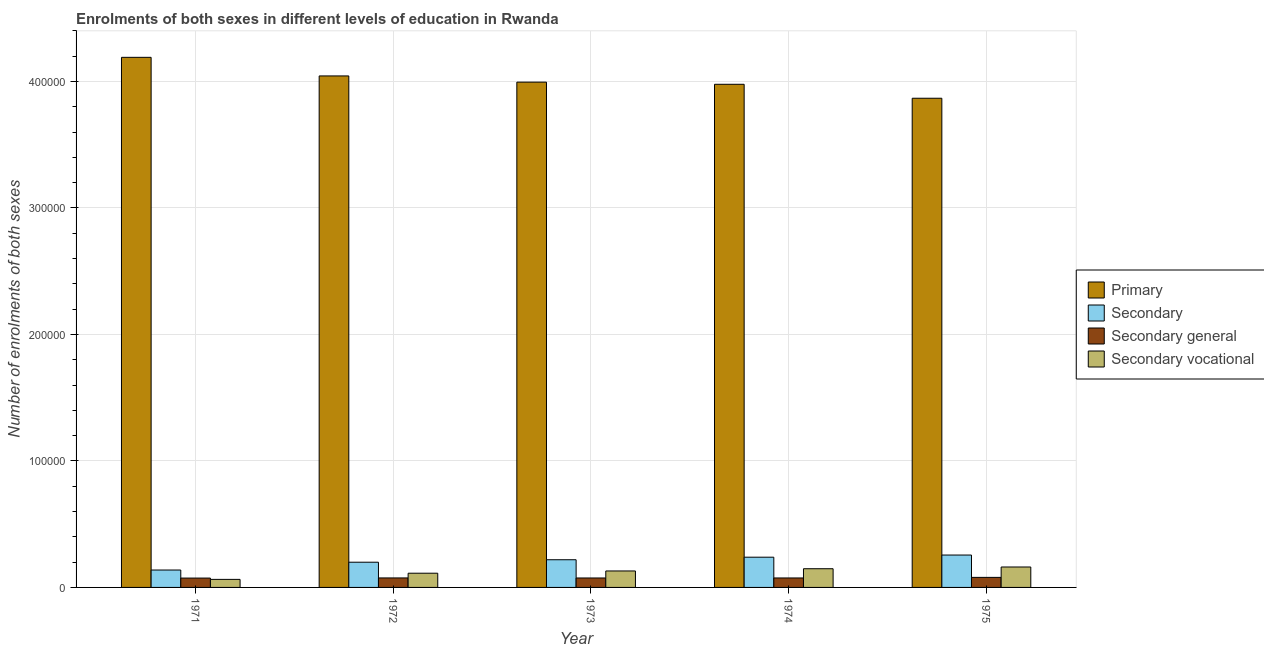
| Year | Primary | Secondary | Secondary general | Secondary vocational |
 | --- | --- | --- | --- | --- |
 | 1971 | 4.19e+05 | 1.38e+04 | 7.4e+03 | 6.35e+03 |
 | 1972 | 4.04e+05 | 1.99e+04 | 7.51e+03 | 1.12e+04 |
 | 1973 | 3.99e+05 | 2.19e+04 | 7.47e+03 | 1.3e+04 |
 | 1974 | 3.98e+05 | 2.39e+04 | 7.49e+03 | 1.48e+04 |
 | 1975 | 3.87e+05 | 2.56e+04 | 7.94e+03 | 1.62e+04 |